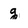
Character: q